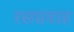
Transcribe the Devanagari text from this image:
रसप्रवाह